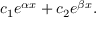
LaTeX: c _ { 1 } e ^ { \alpha x } + c _ { 2 } e ^ { \beta x } .